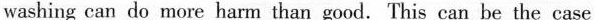
washing can do more harm than good. This can be the case